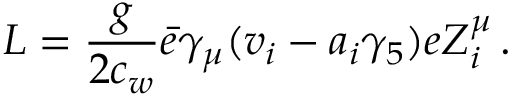
{ \cal L } = { \frac { g } { 2 c _ { w } } } \bar { e } \gamma _ { \mu } ( v _ { i } - a _ { i } \gamma _ { 5 } ) e Z _ { i } ^ { \mu } \, .